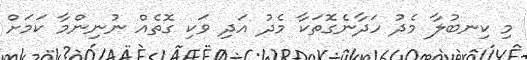
މި ކިނބުލާ މެދު ހަދާނެގޮތަކާ މެދު އަދި ވަކި ގޮތެއް ނުނިންމާ ކަމަށް